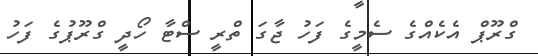
ގްރޫޕް އެކެއްގެ ސެމީގެ ފަހު ޖާގަ ތްރީ ސްޓާ ހޯދީ ގްރޫޕުގެ ފަހު